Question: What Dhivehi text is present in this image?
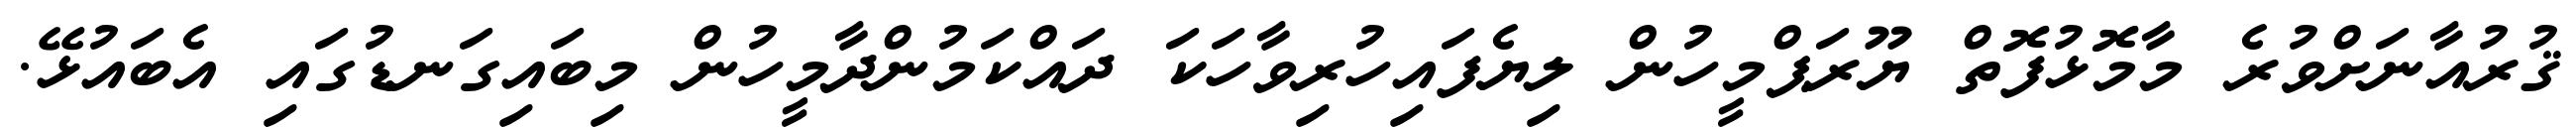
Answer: ޤުރުއާނަށްވުރެ މާމޮޅުފޮތް ޔޫރަޕްމީހުން ލިޔެފައިހުރިވާހަކަ ދައްކަމުންދާމީހުން މިބައިގަނޑުގައި އެބައުޅޭ.